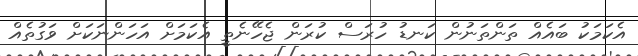
އެކަމަކު ބައެއް ތަންތަނުން ކަނޑު ހުރަސް ކުރަން ޖެހޭނެތީ އެކަމަށް އަހަންނަކަށް ވަގުތެއް